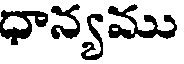
ధాన్యము